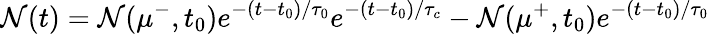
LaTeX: \mathcal{N}(t)=\mathcal{N}(\mu^{-},t_{0})e^{-(t-t_{0})/\tau_{0}}e^{-(t-t_{0})/\tau_{c}}-\mathcal{N}(\mu^{+},t_{0})e^{-(t-t_{0})/\tau_{0}}